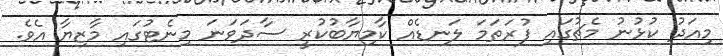
މިއަދު ކުޅުނު މެޗުގައި ފުރަތަމަ ލަނޑެއް ކާމިޔާބުކުރީ ސާދަވަނަ މިނެޓުގައި މާޒިޔާ އެވެ.